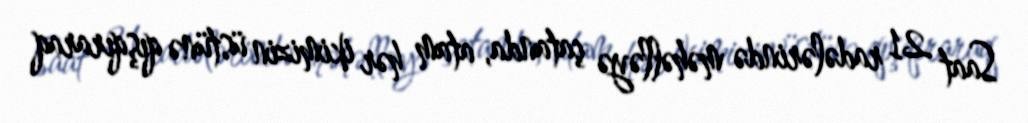
Saat 21 radələrində məhəlləyə çatanda, atam hər ikimizin üstünə qışqıraraq